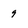
Character: 9